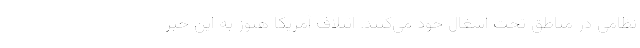
نظامی در مناطق تحت اشغال خود می‌کنند. ائتلاف آمریکا هنوز به این خبر